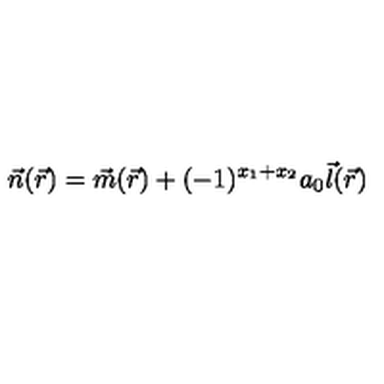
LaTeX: { \vec { n } } ( { \vec { r } } ) = { \vec { m } } ( { \vec { r } } ) + ( - 1 ) ^ { x _ { 1 } + x _ { 2 } } a _ { 0 } { \vec { l } } ( { \vec { r } } )